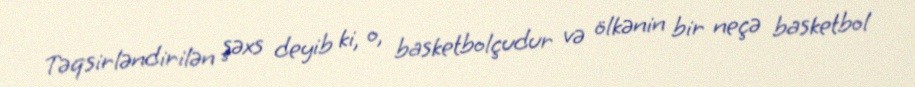
Təqsirləndirilən şəxs deyib ki, o, basketbolçudur və ölkənin bir neçə basketbol